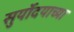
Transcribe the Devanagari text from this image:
सुर्योदयाच्या